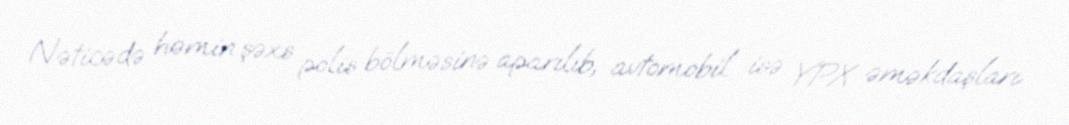
Nəticədə həmin şəxs polis bölməsinə aparılıb, avtomobil isə YPX əməkdaşları